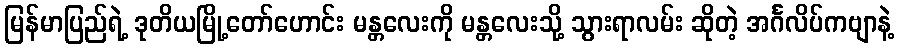
မြန်မာပြည်ရဲ့ ဒုတိယမြို့တော်ဟောင်း မန္တလေးကို မန္တလေးသို့ သွားရာလမ်း ဆိုတဲ့ အင်္ဂလိပ်ကဗျာနဲ့